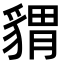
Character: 𧳪